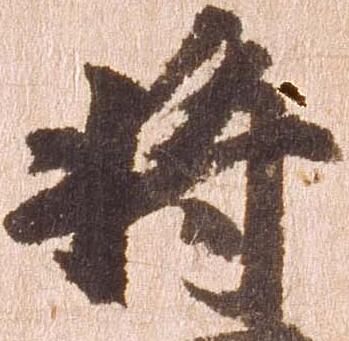
将